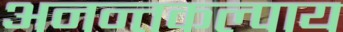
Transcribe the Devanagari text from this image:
अनन्तकल्पाय